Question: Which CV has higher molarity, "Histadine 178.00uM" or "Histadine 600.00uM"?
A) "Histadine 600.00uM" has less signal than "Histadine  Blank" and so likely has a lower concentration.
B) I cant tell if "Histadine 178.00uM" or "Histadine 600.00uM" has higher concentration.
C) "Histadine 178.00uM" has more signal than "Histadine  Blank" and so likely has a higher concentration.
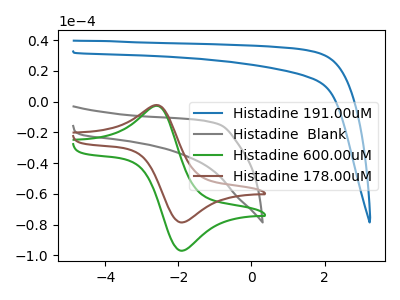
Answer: <think>The blue curve "Histadine 191.00uM" has no peaks. The gray curve "Histadine  Blank" has no peaks. The green curve "Histadine 600.00uM" has an anodic peak at (-2.55V, -2.90uA) and a cathodic peak at (-1.90V, -97.00uA). The brown curve "Histadine 178.00uM" has an anodic peak at (-2.55V, -2.35uA) and a cathodic peak at (-1.90V, -78.60uA).
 All the peaks in "Histadine 178.00uM" have a peak in "Histadine 600.00uM" at the same potential.</think>
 <answer>B) I cant tell if "Histadine 178.00uM" or "Histadine 600.00uM" has higher concentration.</answer>
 <eval>B</eval>